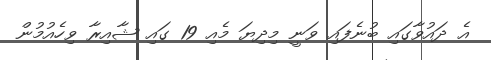
އެ ދައުވާގައި ބުނެފައި ވަނީ މިދިޔަ މެއި 19 ގައި ޝާއިރާ ވިހެއުމުން